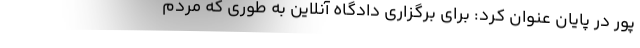
پور در پایان عنوان کرد: برای برگزاری دادگاه آنلاین به طوری که مردم